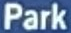
Park